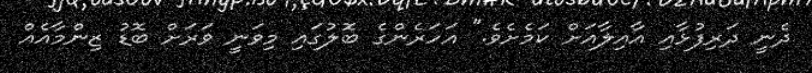
ދެނީ ދަރިފުޅާއި އާއިލާއަށް ކަމެށެވެ." އަހަރެންގެ ބޮލުގައި މިވަނީ ވަރަށް ބޮޑު ޒިންމާއެއް